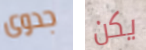
جدوى يكن